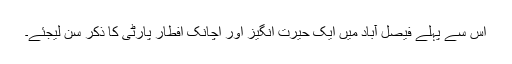
اس سے پہلے فیصل آباد میں ایک حیرت انگیز اور اچانک افطار پارٹی کا ذکر سن لیجئے۔